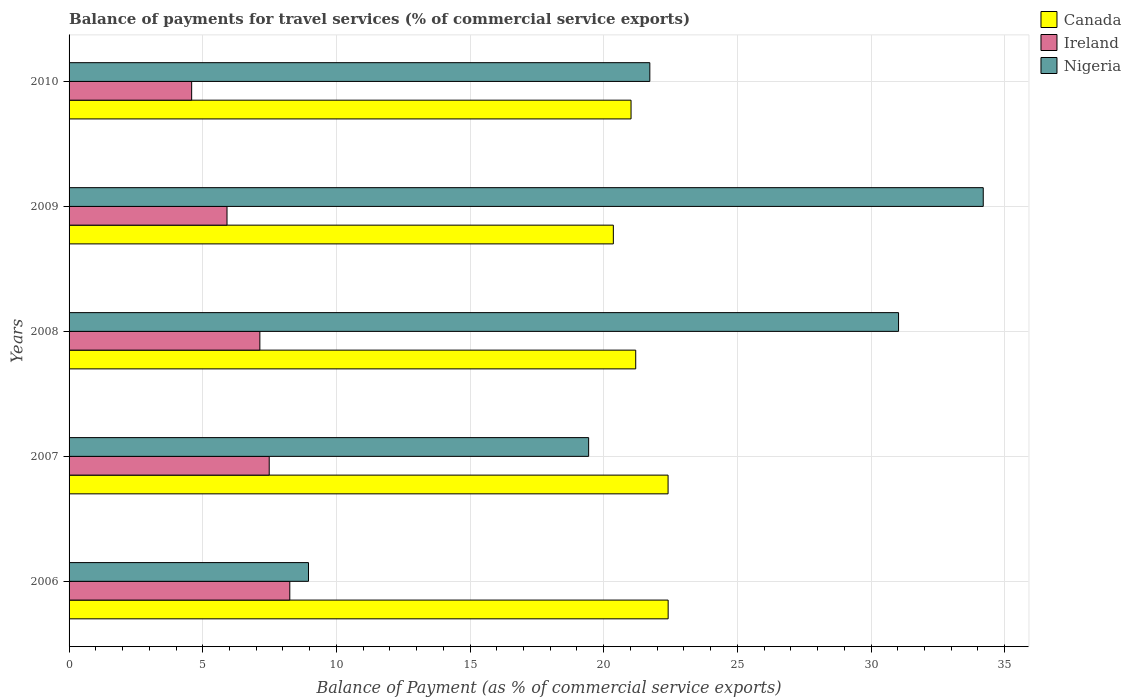
| Years | Canada | Ireland | Nigeria |
 | --- | --- | --- | --- |
 | 2006 | 22.4 | 8.26 | 8.96 |
 | 2007 | 22.4 | 7.49 | 19.4 |
 | 2008 | 21.2 | 7.14 | 31 |
 | 2009 | 20.4 | 5.91 | 34.2 |
 | 2010 | 21 | 4.59 | 21.7 |